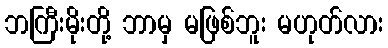
ဘကြီးမိုးတို့ ဘာမှ မဖြစ်ဘူး မဟုတ်လား